Annual statistical returns and brief notes on vaccination in Bengal - 1887-1898
Year: 1887
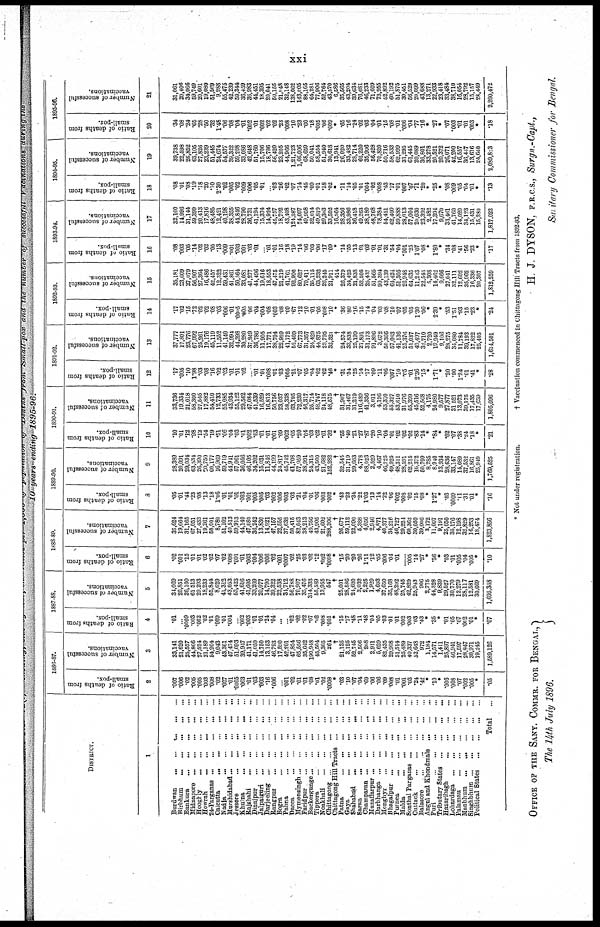
xxi
10 years ending 1895-96.
DISTRICT.
1
Burdwan...
...
...
...
...
Birbhum...
...
...
...
...
Bankura...
...
...
...
...
Midnapore... ... ... ... ...
Hooghly...
...
...
...
...
Howrah...
...
...
...
...
24-Parganas...
...
...
...
...
Calcutta...
...
...
...
...
Nadia...
...
...
...
...
Murshidabad...
...
...
...
...
Jessore...
...
...
...
...
Khulna...
...
...
...
Rajshahi...
...
...
Dinajpur... ... ... ...
Jalpaiguri...
...
...
...
Darjeeling...
...
...
...
Rangpur...
...
...
...
Bogra...
...
...
...
Pabna...
...
...
...
Dacca...
...
...
...
Mymensingh... ... ... ... ... ...
Faridpur...
...
...
...
...
Backergunge...
...
...
...
...
Tippera...
...
...
Noakhali...
...
...
...
Chittagong... ... ... ...
Chittagong Hill
Tracts...
Patna...
...
...
...
Gaya...
...
...
...
Shahabad...
...
...
...
Saran...
...
...
...
Champaran...
...
...
...
...
Muzaffarpur...
...
...
...
Darbhanga... ... ... ... ...
Monghyr...
...
...
...
...
Bhagalpur...
...
...
...
Purnea...
...
...
...
Malda...
...
...
...
...
Sonthal Parganas... ... ... ... ...
Cuttack...
...
...
...
Balasore...
...
...
...
...
Angul and
Khondmals...
...
...
Puri...
...
...
Tributary
States...
...
...
...
Hazaribagh...
...
...
...
Lohardaga...
...
...
...
Palamau...
...
...
...
...
Manbhum...
...
...
...
Singhbhum...
...
...
...
...
Political
States...
...
...
...
Total... ...
1886-87.
Ratio of deaths from
small-pox.
2
.007
.006
.02
.005
.005
.003
.008
.02
.007
.01
.0005
.003
.01
.03
.003
.16
.006
...
.001
.02
.01
.01
.08
.01
.02
.0008
*
.03 .10
.07
.04
.69
.06
.06
.09
.008
.01
.001
.03
.24
.42
*
.10
*
.006
.008
.07
.002
.005
*
.05
Number of successful
vaccinations.
3
33,141
21,620
25,557
44,866
27,524
21,189
54,904
9,043
43,361
47,474
51,093
39,947
41,171
41,050
14,750
13,153
46,793
17,590
42,201
47,854
65,556
35,042
190,948
45,504
9,305
264
†
21,135
3,125
52,745
2,506
208
2,911
5,629
82,435
29,908
51,514
25,489
40,337
52,648
972
1,184
14,571
1,411
25,897
46,941
17,597
28,847
30,971
19,245
1,589,126
1887-88.
Ratio of deaths from
small-pox.
4
.01
...
.0009
.003
.002
.02
.01
.009 .01
.004
...
.002
.003
.01
.01
.24
.04
...
... .02
.02
.02
.07
. 62
.008
.001
*
.15
.17
.48
.11
.48
.04
.05
.03
.01
.01
.002
.003
.03
.43
*
.35
*
.01
.05
.07
.002
.01
*
.07
Number of successful
vaccinations.
5
34,069
20,851
26,160
61,513
29,293
18,233
55,844
8,629
41,312
43,053
53,423
41,616
41,605
33,209
20,077
14,790
39,322
22,538
34,712
56,788
70,907
35,476
314,333
55,589
13,955
547
†
25,001
28,586
24,620
3,032
2,225
1,929
4,693
37,650
35,168
48,292
25,745
42,829
25,943
906
2,775
44,328
9,839
29,527
30,770
12,279
28,117
12,581
30,669
1,695,348
1888-89.
Ratio of deaths from
small-pox.
6
.02
.001
.15
.01
.01
.02
.02
.07
.02
.008
.001
.01
.003
.004
.006
.006
.02
.001
.0007
.02
.25
.03
.02
.12
.002
.0008
*
.15
.20
.20
.26
1.11
.12
.05
.006
.04
.01
.005
.14
.27
*
.56
*
.03
.01
.005
.04
.005
*
.10
Number of successful
vaccinations.
7
35,624
19,664
31,165
67,051
27,433
19,261
58,001
8,780
51,102
40,513
59,913
44,140
47,080
36,242
13,830
14,921
47,157
22,555
37,632
50,415
82,043
38,213
49,756
43,905
21,602
288,306
†
26,677
59,112
22,090
5,388
4,056
2,946
4,871
40,377
34,216
46,727
29,224
60,362
30,050
39,006
3,172
11,007
9,191
25,050
35,176
12,198
32,829
16,253
18,474
1,823,856
1889-90.
Ratio of deaths from
small-pox.
8
.05
.01
.44
.23
.08
.13
.18
1.06
.01
.01
.01
.003
.001
.005
.005
.03
.002
.006
.003
.03
.21
.04
.01
.06
.003
.002
*
.43
.23
.34
.22
1.03
.13
.14
.22
.06
.002
.008
.02
.15
.08
*
1.27
*
.03
.0009
.11
.31
.01
*
.16
Number of successful
vaccinations.
9
28,389
20,091
29,034
63,534
26,390
20,750
60,177
16,969
59,719
44,941
57,061
36,056
46,105
34,202
15,031
11,816
44,199
24,817
45,742
61,708
57,959
38,991
24,315
43,500
21,682
152,282
†
32,545
31,719
29,663
4,778
88,023
2,529
4,467
46,725
49,925
48,311
28,591
62,215
16,372
50,799
8,285
8,940
13,934
28,636
33,147
14,089
37,532
16,861
25,949
1,769,525
1890-91.
Ratio of deaths from
small-pox.
10
.10
.01
.12
.98
.12
.54
.19
.51
.06
.04
.03
.01
.002
.03
.01
.01
.001
.09
.002
.05
.20
.04
.03
.02
.01
.32
*
.55
.40
.21
.27
.87
.20
.10
.04
.01
.02
.02
.02
.83
.14
*
.84
*
.02
.07
.38
.24
.18
*
.21
Number of successful
vaccinations.
11
33,736
19,334
21,018
58,300
27,545
17,882
64,410
12,733
55,085
43,934
55,122
29,562
47,084
41,539
16,529
16,813
50,756
23,037
58,338
63,795
72,230
46,317
25,714
48,747
24,118
48,575
†
31,907
31,467
31,219
116,489
41,336
3,011
4,196
53,370
55,327
53,610
31,976
55,399
45,516
52,568
4,175
24,980
9,577
27,877
31,521
13,073
39,175
17,435
17,689
1,805,096
1891-92.
Ratio of deaths from
small-pox.
12
.17
.005
.10
1.98
.03
.08
.16
.02
.03
.01
.01
.02
...
.01
.01
.008
.01
.03
.005
.21
.07
.05
.04
.02
.02
.46
*
.31
.54
.25
.14
.17
.09
.11
.06
.007
.10
.05
.01
2.36
.15
*
1.71
*
.20
.90
1.24
.01
.41
*
.28
Number of successful
vaccinations.
13
37,777
17,801
23,776
67,992
25,261
19,176
45,119
11,552
41,140
32,994
44,398
30,280
37,249
36,786
11,905
17,771
38,704
22,959
41,172
52,469
67,773
31,357
24,429
44,875
23,795
32,321
†
24,574
33,838
25,199
27,891
31,173
91,806
3,672
50,366
57,063
41,136
25,376
51,037
40,497
32,710
2,720
19,949
9,106
28,275
34,080
11,784
39,193
17,822
25,403
1,614,501
1892-93.
Ratio of deaths from
small-pox.
14
.17
.02
.15
.72
.02
.02
.08
.03
.006
.01
.0005
.005
.06
.04
.004
.08
.003
.08
.09
.67
.12
.10
.01
.05
.008
.10
*
.36
.80
.16
.15
.14
.04
.03
.08
.10
.07
.05
.05
1.30
.06
*
2.39
*
.53
1.51
.93
.15
.23
*
.24
Number of successful
vaccinations.
15
35,181
23,609
27,079
56,907
27,364
16,486
42,457
12,322
59,431
41,861
50,564
33,081
41,277
41,496
19,616
18,553
47,475
21,219
41,761
92,990
80,627
70,411
35,115
63,232
26,245
21,911
414
26,379
34,425
21,838
52,505
25,437
51,565
90,394
43,139
64,424
51,305
26,948
64,635
11,243
22,543
5,308
14,462
9,666
27,041
32,111
12,602
35,962
16,336
20,307
1,812,259
1893-94.
Ratio of deaths from
small-pox.
16
.08
.003
.05
.14
.02
.02
.05
.13
.009
.001
.003
.001
.03
.01
...
.01
.01
.16
.18
.19
.14
.06
.03
.06 .17
.09
*
.14
.55
.13
.01
.03
.01
.01
.31
.54
.04
.001
.25
1.07
.08
*
1.80
*
.34
.08
.41
.56
.23
*
.17
Number of successful
vaccinations.
17
32,100
14,996
31,144
59,399
20,413
17,816
48,485
12,421
40,198
38,355
44,846
28,790
36,731
41,194
15,374
14,924
45,757
18,792
43,408
124,387
74,097
49,958
32,014
49,819
29,303
33,592
16,564
28,356
33,986
36,418
49,263
38,180
48,768
78,384
54,451
62,400
59,888
28,013
57,004
20,030
23,392
2,482
17,394
9,670
33,461
41,760
14,020
34,123
15,431
15,280
1,817,022
1894-95.
Ratio of deaths from
small-pox.
18
.08
.01
.08
.19
.18
.20
.10
2.30
.02
.005
.02
.009
.006
.05
.01
...
.03
.26
.02
.07
.14
.45
.09
.01
.18
.02
*
.11
.14
.05
.01
.004
.02
.008
.43
.17
.01
.007
.07
.71
.20
*
.25
*
.08
.009
.05
.04
.01
*
.13
Number of successful
vaccinations.
19
39,738
22,598
26,852
63,105
27,826
23,239
51,445
24,674
54,577
39,322
59,208
33,086
42,648
51,760
15,706
18,796
56,420
23,205
44,966
1,21,723
1,06,006
68,659
50,041
58,554
51,940
30,618
13,941
26,020
33,482
28,714
62,220
35,906
56,428
70,820
50,716
58,533
62,999
31,295
61,445
20,089
36,801
33,278
20,521
20,372
26,071
42,200
16,557
36,447
13,616
24,640
2,089,823
1895-96.
Ratio of deaths from
small-pox.
20
.34
.08
.24
.65
.28
.50
.32
1.48
.06
.08
.04
.01
.002
.01
.002
.02
.02
.23
.008
.10
.23
.60
.18
.005
.06
.009
*
.65
.16
.24
.02
.03
.04
.01
.15
.08
.01
.006
.04
.77
.16
*
.27
*
.07
.003
.01
.01
.003
*
.18
Number of successful
vaccinations.
21
31,061
20,406
34,066
59,749
20,601
19,080
51,569
9,988
55,475
42,239
59,344
36,459
36,983
44,451
18,395
20,041
50,155
21,048
32,148
138,062
143,005
88,165
64,281
77,906
52,764
43,570
6,586
35,565
43,204
39,634
76,681
46,233
71,609
73,955
52,892
60,192
51,875
30,451
56,529
20,099
43,688
13,271
22,933
23,418
33,484
38,710
16,054
28,792
15,157
28,449
2,200,472
* Not under registration.
† Vaccination commenced in Chittngong Hill Tracts from 1892-93.
OFFICE OF THE SANY. COMMR. FOR BENGAL,
The 14th July 1896.
H. J. DYSON, F.R.C.S., Surgn.-Capt.,
Sanitary Commissioner for Bengal.